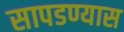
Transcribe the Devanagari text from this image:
सापडण्यास